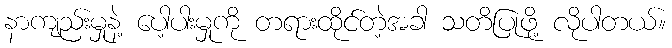
နာကျည်းမှုနဲ့ ပေါ့ပါးမှုကို တရားထိုင်တဲ့အခါ သတိပြုဖို့ လိုပါတယ်။